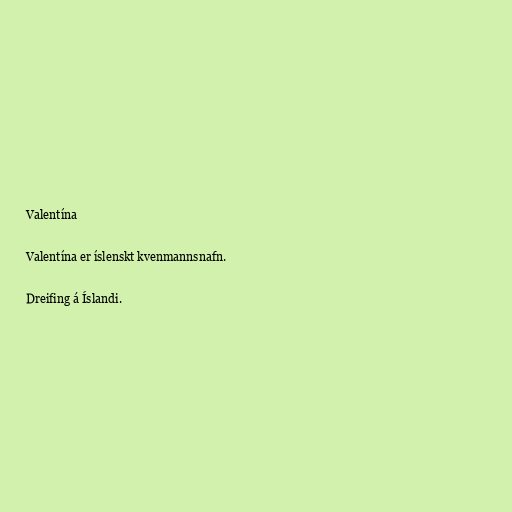
Valentína

Valentína er íslenskt kvenmannsnafn.

Dreifing á Íslandi.